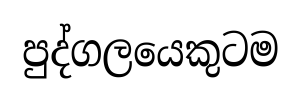
පුද්ගලයෙකුටම